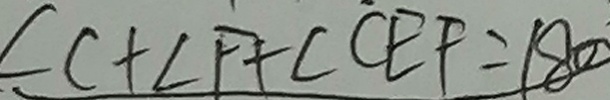
\angle C + \angle F + \angle C E F = 1 8 0